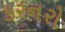
કરનરો